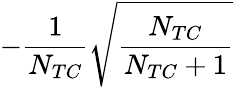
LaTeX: -{\frac{1}{N_{TC}}}\sqrt{\frac{N_{TC}}{N_{TC}+1}}